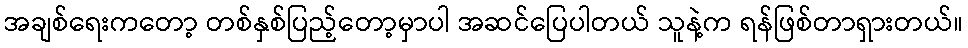
အချစ်ရေးကတော့ တစ်နှစ်ပြည့်တော့မှာပါ အဆင်ပြေပါတယ် သူနဲ့က ရန်ဖြစ်တာရှားတယ်။